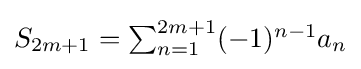
{\textstyle S_{2m+1}=\sum _{n=1}^{2m+1}(-1)^{n-1}a_{n}}